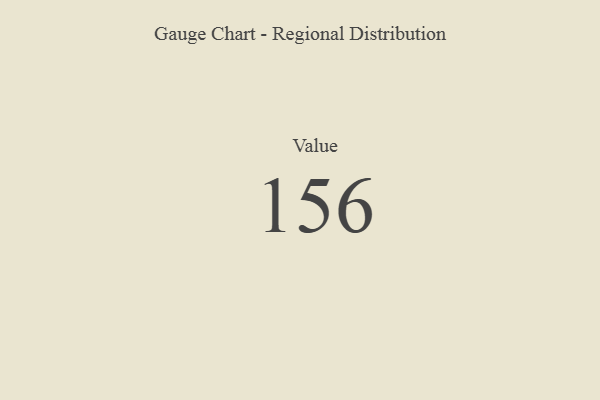
{"axis": {"x": "Metric", "y": "Value"}, "legend": [""], "data": [{"x": "Value", "y": 156, "type": ""}]}